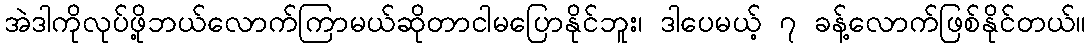
အဲဒါကိုလုပ်ဖို့ဘယ်လောက်ကြာမယ်ဆိုတာငါမပြောနိုင်ဘူး၊ ဒါပေမယ့် ၇ ခန့်လောက်ဖြစ်နိုင်တယ်။